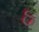
ઠ